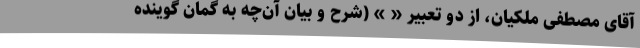
آقای مصطفی ملکیان، از دو تعبیر « » (شرح و بیان آن‌چه به گمان گوینده